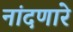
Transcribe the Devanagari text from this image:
नांदणारे